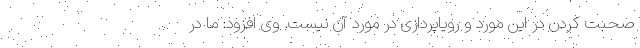
صحبت کردن در این مورد و رویاپردازی در مورد آن نیست. وی افزود: ما در